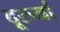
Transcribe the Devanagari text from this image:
दूरुयां